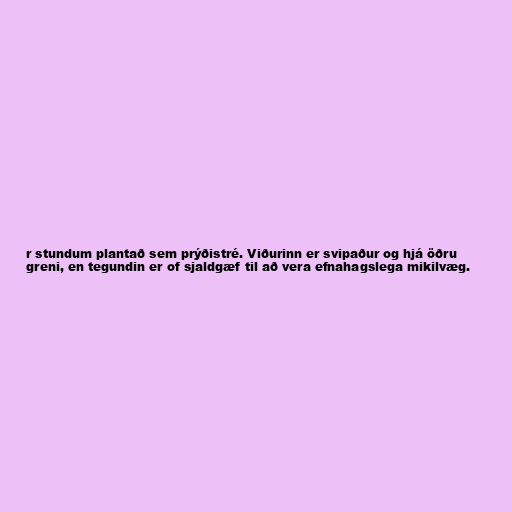
r stundum plantað sem prýðistré. Viðurinn er svipaður og hjá öðru
greni, en tegundin er of sjaldgæf til að vera efnahagslega mikilvæg.